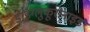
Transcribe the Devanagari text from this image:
डाइग्लुकूरोनाइड